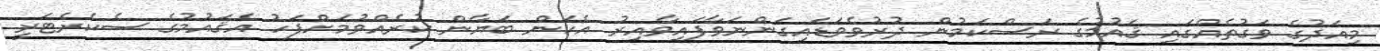
މިއަދުގެ ވަގުތެއްގައި ޤައުމުގެ ރަސްކަމުން ދުރުވެވަޑައިގަންނަވާފައިވާއިރު އެކަން ބަޔާން ކުރެއްވުމަށްފަހު އެޤައުމުގެ ސެކެރެޓަރީ